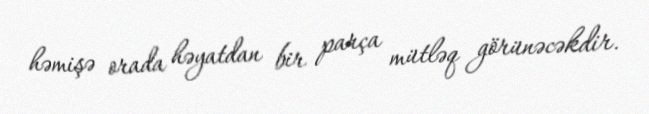
həmişə orada həyatdan bir parça mütləq görünəcəkdir.